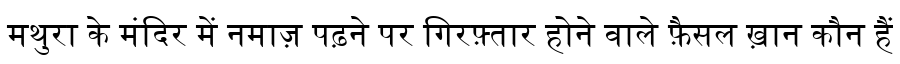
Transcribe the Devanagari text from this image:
मथुरा के मंदिर में नमाज़ पढ़ने पर गिरफ़्तार होने वाले फ़ैसल ख़ान कौन हैं